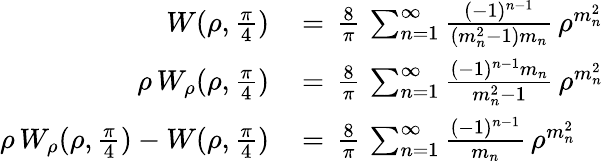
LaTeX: \begin{array}{rl}{W(\rho,\frac{\pi}{4})\, }&{=\, \frac{8}{\pi}\, \sum_{n=1}^{\infty}\frac{(-1)^{n-1}}{(m_{n}^{2}-1)m_{n}}\, \rho^{m_{n}^{2}}}\\ {\rho\, W_{\rho}(\rho,\frac{\pi}{4})\, }&{=\, \frac{8}{\pi}\, \sum_{n=1}^{\infty}\frac{(-1)^{n-1}m_{n}}{m_{n}^{2}-1}\, \rho^{m_{n}^{2}}}\\ {\rho\, W_{\rho}(\rho,\frac{\pi}{4})-W(\rho,\frac{\pi}{4})\, }&{=\, \frac{8}{\pi}\, \sum_{n=1}^{\infty}\frac{(-1)^{n-1}}{m_{n}}\, \rho^{m_{n}^{2}}}\end{array}